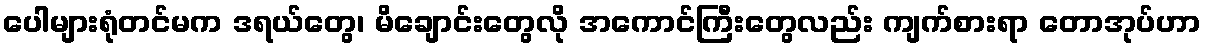
ပေါများရုံတင်မက ဒရယ်တွေ၊ မိချောင်းတွေလို အကောင်ကြီးတွေလည်း ကျက်စားရာ တောအုပ်ဟာ